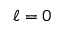
\ell = 0